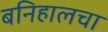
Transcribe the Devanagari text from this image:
बनिहालचा